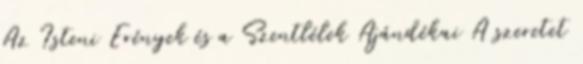
Az Isteni Erények és a Szentlélek Ajándékai A szeretet